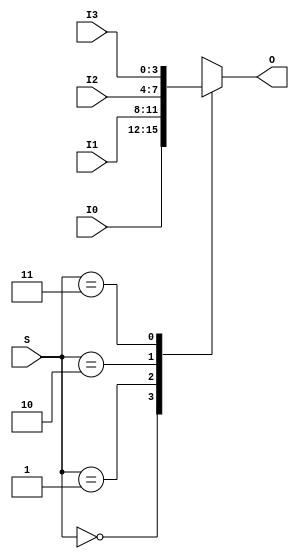
module Mux4to1b4(
    input wire [1:0] S,
    input wire [3:0] I0,
    input wire [3:0] I1,
    input wire [3:0] I2,
    input wire [3:0] I3,
    output reg [3:0] O
);

    always @ * begin
        case (S)
            2'b00:
                O = I0;
            2'b01:
                O = I1;
            2'b10:
                O = I2;
            2'b11:
                O = I3;
            default: begin
                // exception
                O <= 0;
            end
        endcase
    end

endmodule